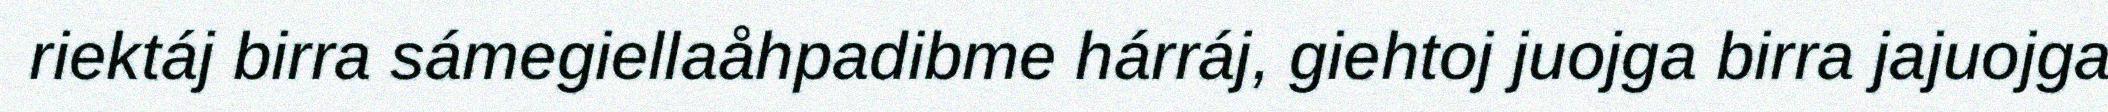
riektáj birra sámegiellaåhpadibme hárráj, giehtoj juojga birra jajuojga